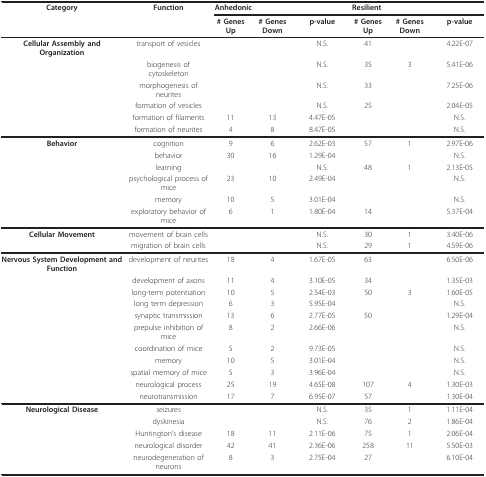
<table><thead><tr><td><b>Category</b></td><td><b>Function</b></td><td colspan="3"><b>Anhedonic</b></td><td colspan="3"><b>Resilient</b></td></tr><tr><td></td><td></td><td><b># Genes Up</b></td><td><b># Genes Down</b></td><td><b>p-value</b></td><td><b># Genes Up</b></td><td><b># Genes Down</b></td><td><b>p-value</b></td></tr></thead><tbody><tr><td><b>Cellular Assembly and Organization</b></td><td>transport of vesicles</td><td></td><td></td><td>N.S.</td><td>41</td><td></td><td>4.22E-07</td></tr><tr><td></td><td>biogenesis of cytoskeleton</td><td></td><td></td><td>N.S.</td><td>35</td><td>3</td><td>5.41E-06</td></tr><tr><td></td><td>morphogenesis of neurites</td><td></td><td></td><td>N.S.</td><td>33</td><td></td><td>7.25E-06</td></tr><tr><td></td><td>formation of vesicles</td><td></td><td></td><td>N.S.</td><td>25</td><td></td><td>2.04E-05</td></tr><tr><td></td><td>formation of filaments</td><td>11</td><td>13</td><td>4.47E-05</td><td></td><td></td><td>N.S.</td></tr><tr><td></td><td>formation of neurites</td><td>4</td><td>8</td><td>8.47E-05</td><td></td><td></td><td>N.S.</td></tr><tr><td><b>Behavior</b></td><td>cognition</td><td>9</td><td>6</td><td>2.62E-03</td><td>57</td><td>1</td><td>2.97E-06</td></tr><tr><td></td><td>behavior</td><td>30</td><td>16</td><td>1.29E-04</td><td></td><td></td><td>N.S.</td></tr><tr><td></td><td>learning</td><td></td><td></td><td>N.S.</td><td>48</td><td>1</td><td>2.13E-05</td></tr><tr><td></td><td>psychological process of mice</td><td>23</td><td>10</td><td>2.49E-04</td><td></td><td></td><td>N.S.</td></tr><tr><td></td><td>memory</td><td>10</td><td>5</td><td>3.01E-04</td><td></td><td></td><td>N.S.</td></tr><tr><td></td><td>exploratory behavior of mice</td><td>6</td><td>1</td><td>1.80E-04</td><td>14</td><td></td><td>5.37E-04</td></tr><tr><td><b>Cellular Movement</b></td><td>movement of brain cells</td><td></td><td></td><td>N.S.</td><td>30</td><td>1</td><td>3.40E-06</td></tr><tr><td></td><td>migration of brain cells</td><td></td><td></td><td>N.S.</td><td>29</td><td>1</td><td>4.59E-06</td></tr><tr><td><b>Nervous System Development and Function</b></td><td>development of neurites</td><td>18</td><td>4</td><td>1.67E-05</td><td>63</td><td></td><td>6.50E-06</td></tr><tr><td></td><td>development of axons</td><td>11</td><td>4</td><td>3.10E-05</td><td>34</td><td></td><td>1.35E-03</td></tr><tr><td></td><td>long-term potentiation</td><td>10</td><td>5</td><td>2.54E-03</td><td>50</td><td>3</td><td>1.60E-05</td></tr><tr><td></td><td>long term depression</td><td>6</td><td>3</td><td>5.95E-04</td><td></td><td></td><td>N.S.</td></tr><tr><td></td><td>synaptic transmission</td><td>13</td><td>6</td><td>2.77E-05</td><td>50</td><td></td><td>1.29E-04</td></tr><tr><td></td><td>prepulse inhibition of mice</td><td>8</td><td>2</td><td>2.66E-06</td><td></td><td></td><td>N.S.</td></tr><tr><td></td><td>coordination of mice</td><td>5</td><td>2</td><td>9.73E-05</td><td></td><td></td><td>N.S.</td></tr><tr><td></td><td>memory</td><td>10</td><td>5</td><td>3.01E-04</td><td></td><td></td><td>N.S.</td></tr><tr><td></td><td>spatial memory of mice</td><td>5</td><td>3</td><td>3.96E-04</td><td></td><td></td><td>N.S.</td></tr><tr><td></td><td>neurological process</td><td>25</td><td>19</td><td>4.65E-08</td><td>107</td><td>4</td><td>1.30E-03</td></tr><tr><td></td><td>neurotransmission</td><td>17</td><td>7</td><td>6.95E-07</td><td>57</td><td></td><td>1.30E-04</td></tr><tr><td><b>Neurological Disease</b></td><td>seizures</td><td></td><td></td><td>N.S.</td><td>35</td><td>1</td><td>1.11E-04</td></tr><tr><td></td><td>dyskinesia</td><td></td><td></td><td>N.S.</td><td>76</td><td>2</td><td>1.86E-04</td></tr><tr><td></td><td>Huntington&#x27;s disease</td><td>18</td><td>11</td><td>2.11E-06</td><td>75</td><td>1</td><td>2.06E-04</td></tr><tr><td></td><td>neurological disorder</td><td>42</td><td>41</td><td>2.36E-06</td><td>258</td><td>11</td><td>5.50E-03</td></tr><tr><td></td><td>neurodegeneration of neurons</td><td>8</td><td>3</td><td>2.75E-04</td><td>27</td><td></td><td>6.10E-04</td></tr></tbody></table>